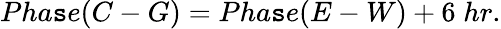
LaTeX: Pha\mathtt{s}e(C-G)=Pha\mathtt{s}e(E-W)+6\; hr.